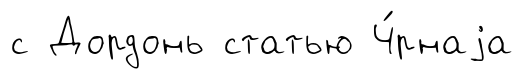
с Дордонь статью Ч́рнаjа